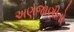
અણજાણીતો